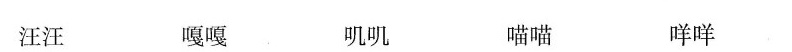
汪汪 嘎嘎 叽叽 喵喵 咩咩